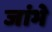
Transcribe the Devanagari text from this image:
जांभे